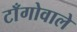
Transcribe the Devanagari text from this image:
टाँगोवाले